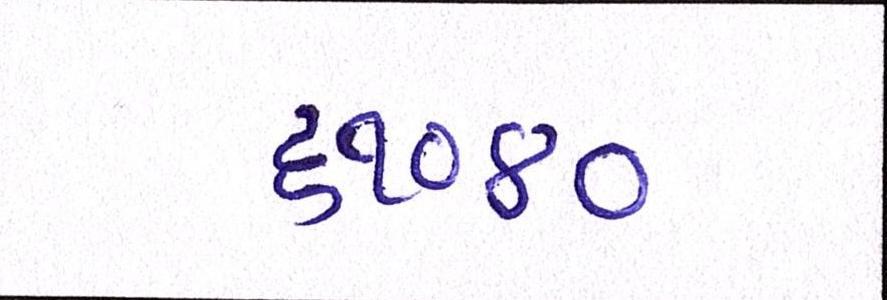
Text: ૬૧૦૪૦